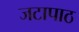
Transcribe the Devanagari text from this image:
जटापाठ